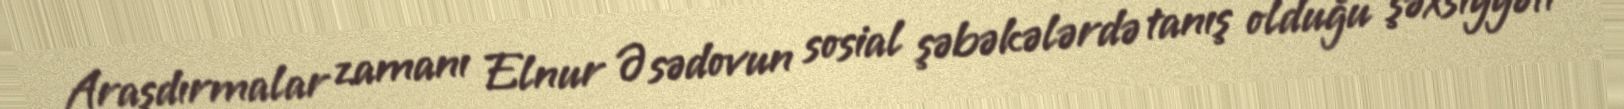
Araşdırmalar zamanı Elnur Əsədovun sosial şəbəkələrdə tanış olduğu şəxsiyyəti